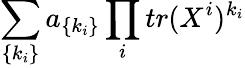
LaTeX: \sum_{\{ k_{i}\} }a_{\{ k_{i}\} }\prod_{i}tr(X^{i})^{k_{i}}